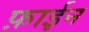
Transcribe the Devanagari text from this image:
फ़ाईन